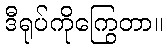
ဒီရုပ်ကိုကြွေတာ။